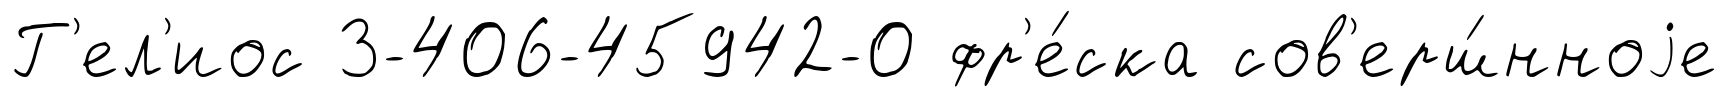
Г'ел'иос 3-406-45942-0 фр'е́ска сов'ерш́нноjе